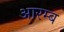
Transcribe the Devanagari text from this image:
आरम्ब